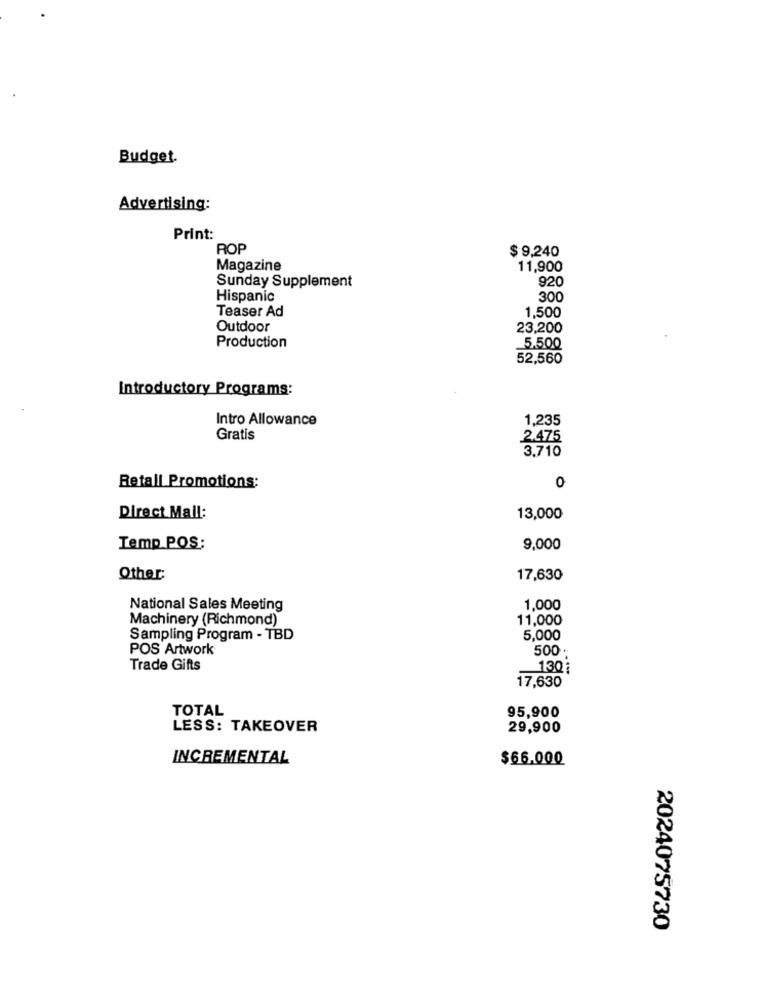
Budget.
Advertising:
Print:
ROP
$ 9,240
Magazine
11,900
Sunday Supplement
920
Hispanic
300
Teaser Ad
1,500
Outdoor
23,200
Production
5.500
52,560
Introductory Programs:
Intro Allowance
1,235
Gratis
2.475
3,710
0
Betall Promotions:
Direct Mail:
13,000
Temp POS:
9,000
Other
17,630
National Sales Meeting
1,000
Machinery (Richmond)
11,000
Sampling Program - TBD
5,000
POS Artwork
500
Trade Gifts
130
17,630
TOTAL
95,900
LESS: TAKEOVER
29,900
INCREMENTAL
$66.000
2024075730